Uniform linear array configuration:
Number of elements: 24
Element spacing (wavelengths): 0.75
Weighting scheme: binomial
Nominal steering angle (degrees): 0
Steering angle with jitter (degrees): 0.1896
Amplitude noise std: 0.05
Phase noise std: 0.05

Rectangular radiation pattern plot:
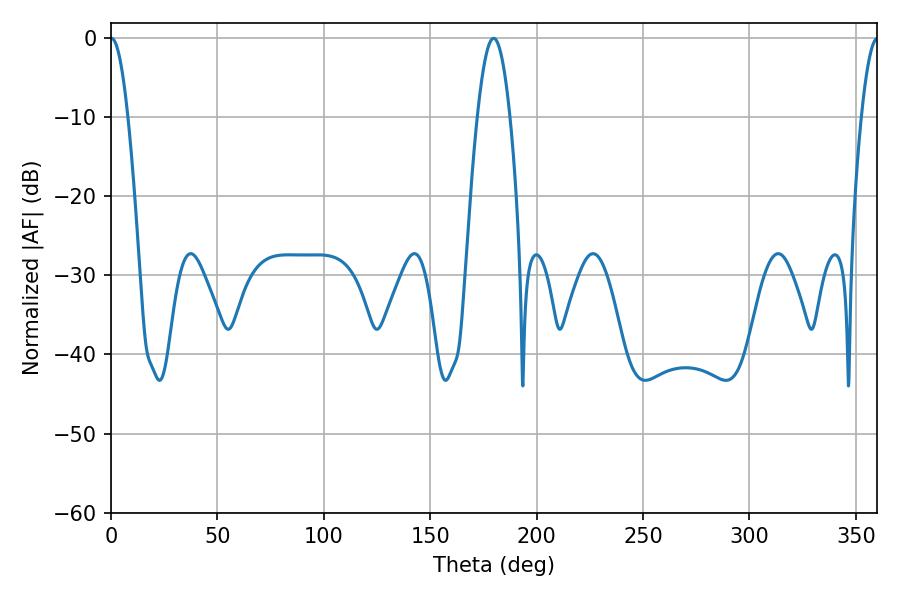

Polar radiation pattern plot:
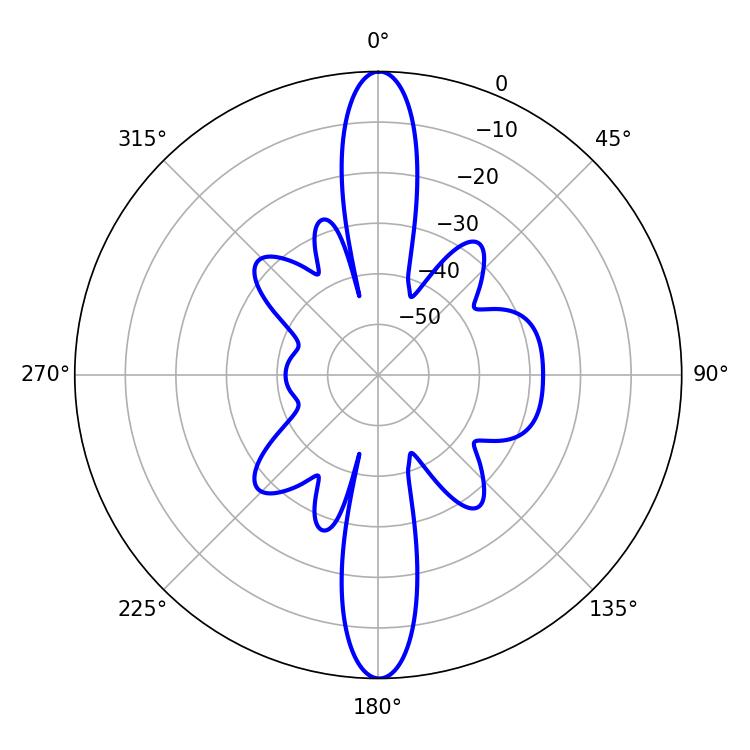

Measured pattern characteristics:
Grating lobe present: TRUE
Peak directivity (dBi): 29.255
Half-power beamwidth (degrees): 4.32
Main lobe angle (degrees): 0.18